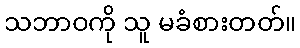
သဘာဝကို သူ မခံစားတတ်။